Elephants and their diseases
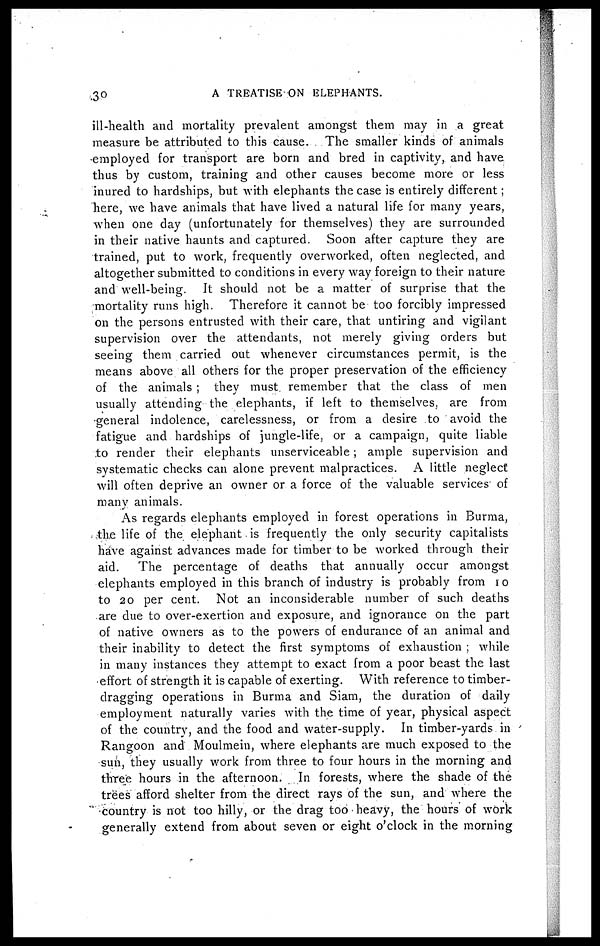
30
A TREATISE ON ELEPHANTS.
ill-health and mortality prevalent amongst them may in a great
measure be attributed to this cause. The smaller kinds of animals
employed for transport are born and bred in captivity, and have
thus by custom, training and other causes become more or less
inured to hardships, but with elephants the case is entirely different;
here, we have animals that have lived a natural life for many years,
when one day (unfortunately for themselves) they are surrounded
in their native haunts and captured. Soon after capture they are
trained, put to work, frequently overworked, often neglected, and
altogether submitted to conditions in every way foreign to their nature
and well-being. It should not be a matter of surprise that the
mortality runs high. Therefore it cannot be too forcibly impressed
on the persons entrusted with their care, that untiring and vigilant
supervision over the attendants, not merely giving orders but
seeing them carried out whenever circumstances permit, is the
means above all others for the proper preservation of the efficiency
of the animals ; they must remember that the class of men
usually attending the elephants, if left to themselves, are from
general indolence, carelessness, or from a desire to avoid the
fatigue and hardships of jungle-life, or a campaign, quite liable
to render their elephants unserviceable; ample supervision and
systematic checks can alone prevent malpractices. A little neglect
will often deprive an owner or a force of the valuable services of
many animals.
As regards elephants employed in forest operations in Burma,
the life of the elephant is frequently the only security capitalists
have against advances made for timber to be worked through their
aid.
The percentage of deaths that annually occur amongst
elephants employed in this branch of industry is probably from 10
to 20 per cent. Not an inconsiderable number of such deaths
are due to over-exertion and exposure, and ignorance on the part
of native owners as to the powers of endurance of an animal and
their inability to detect the first symptoms of exhaustion ; while
in many instances they attempt to exact from a poor beast the last
effort of strength it is capable of exerting. With reference to timber-
dragging operations in Burma and Siam, the duration of daily
employment naturally varies with the time of year, physical aspect
of the country, and the food and water-supply. In timber-yards in
Rangoon and Moulmein, where elephants are much exposed to the
sun, they usually work from three to four hours in the morning and
three hours in the afternoon. In forests, where the shade of the
trees afford shelter from the direct rays of the sun, and where the
country is not too hilly, or the drag too heavy, the hours of work
generally extend from about seven or eight o'clock in the morning